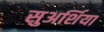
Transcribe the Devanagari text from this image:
सुअर्शिया